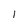
Character: 1